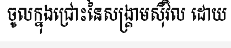
ចូលក្នុងជ្រោះនៃសង្គ្រាមស៊ីវិល ដោយ